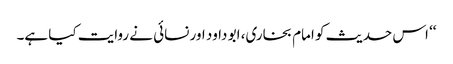
‘‘ اس حدیث کو امام بخاری، ابو داود اور نسائی نے روایت کیا ہے۔